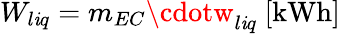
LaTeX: W_{l\mathit{i}q}=m_{EC}\cdotw_{l\mathit{i}q}\ [\mathrm{{kWh}}]